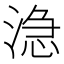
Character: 㴔